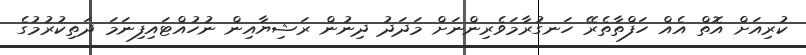
ކުރިއަށް އޮތް އެއް ހަފްތާތެރޭ ހަނގުރާމަވެރިންނަށް މަދަދު ދިނުން ރަޝިޔާއިން ނުހުއްޓައިފިނަމަ ދަތިކުރުމުގެ